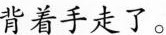
背着手走了。